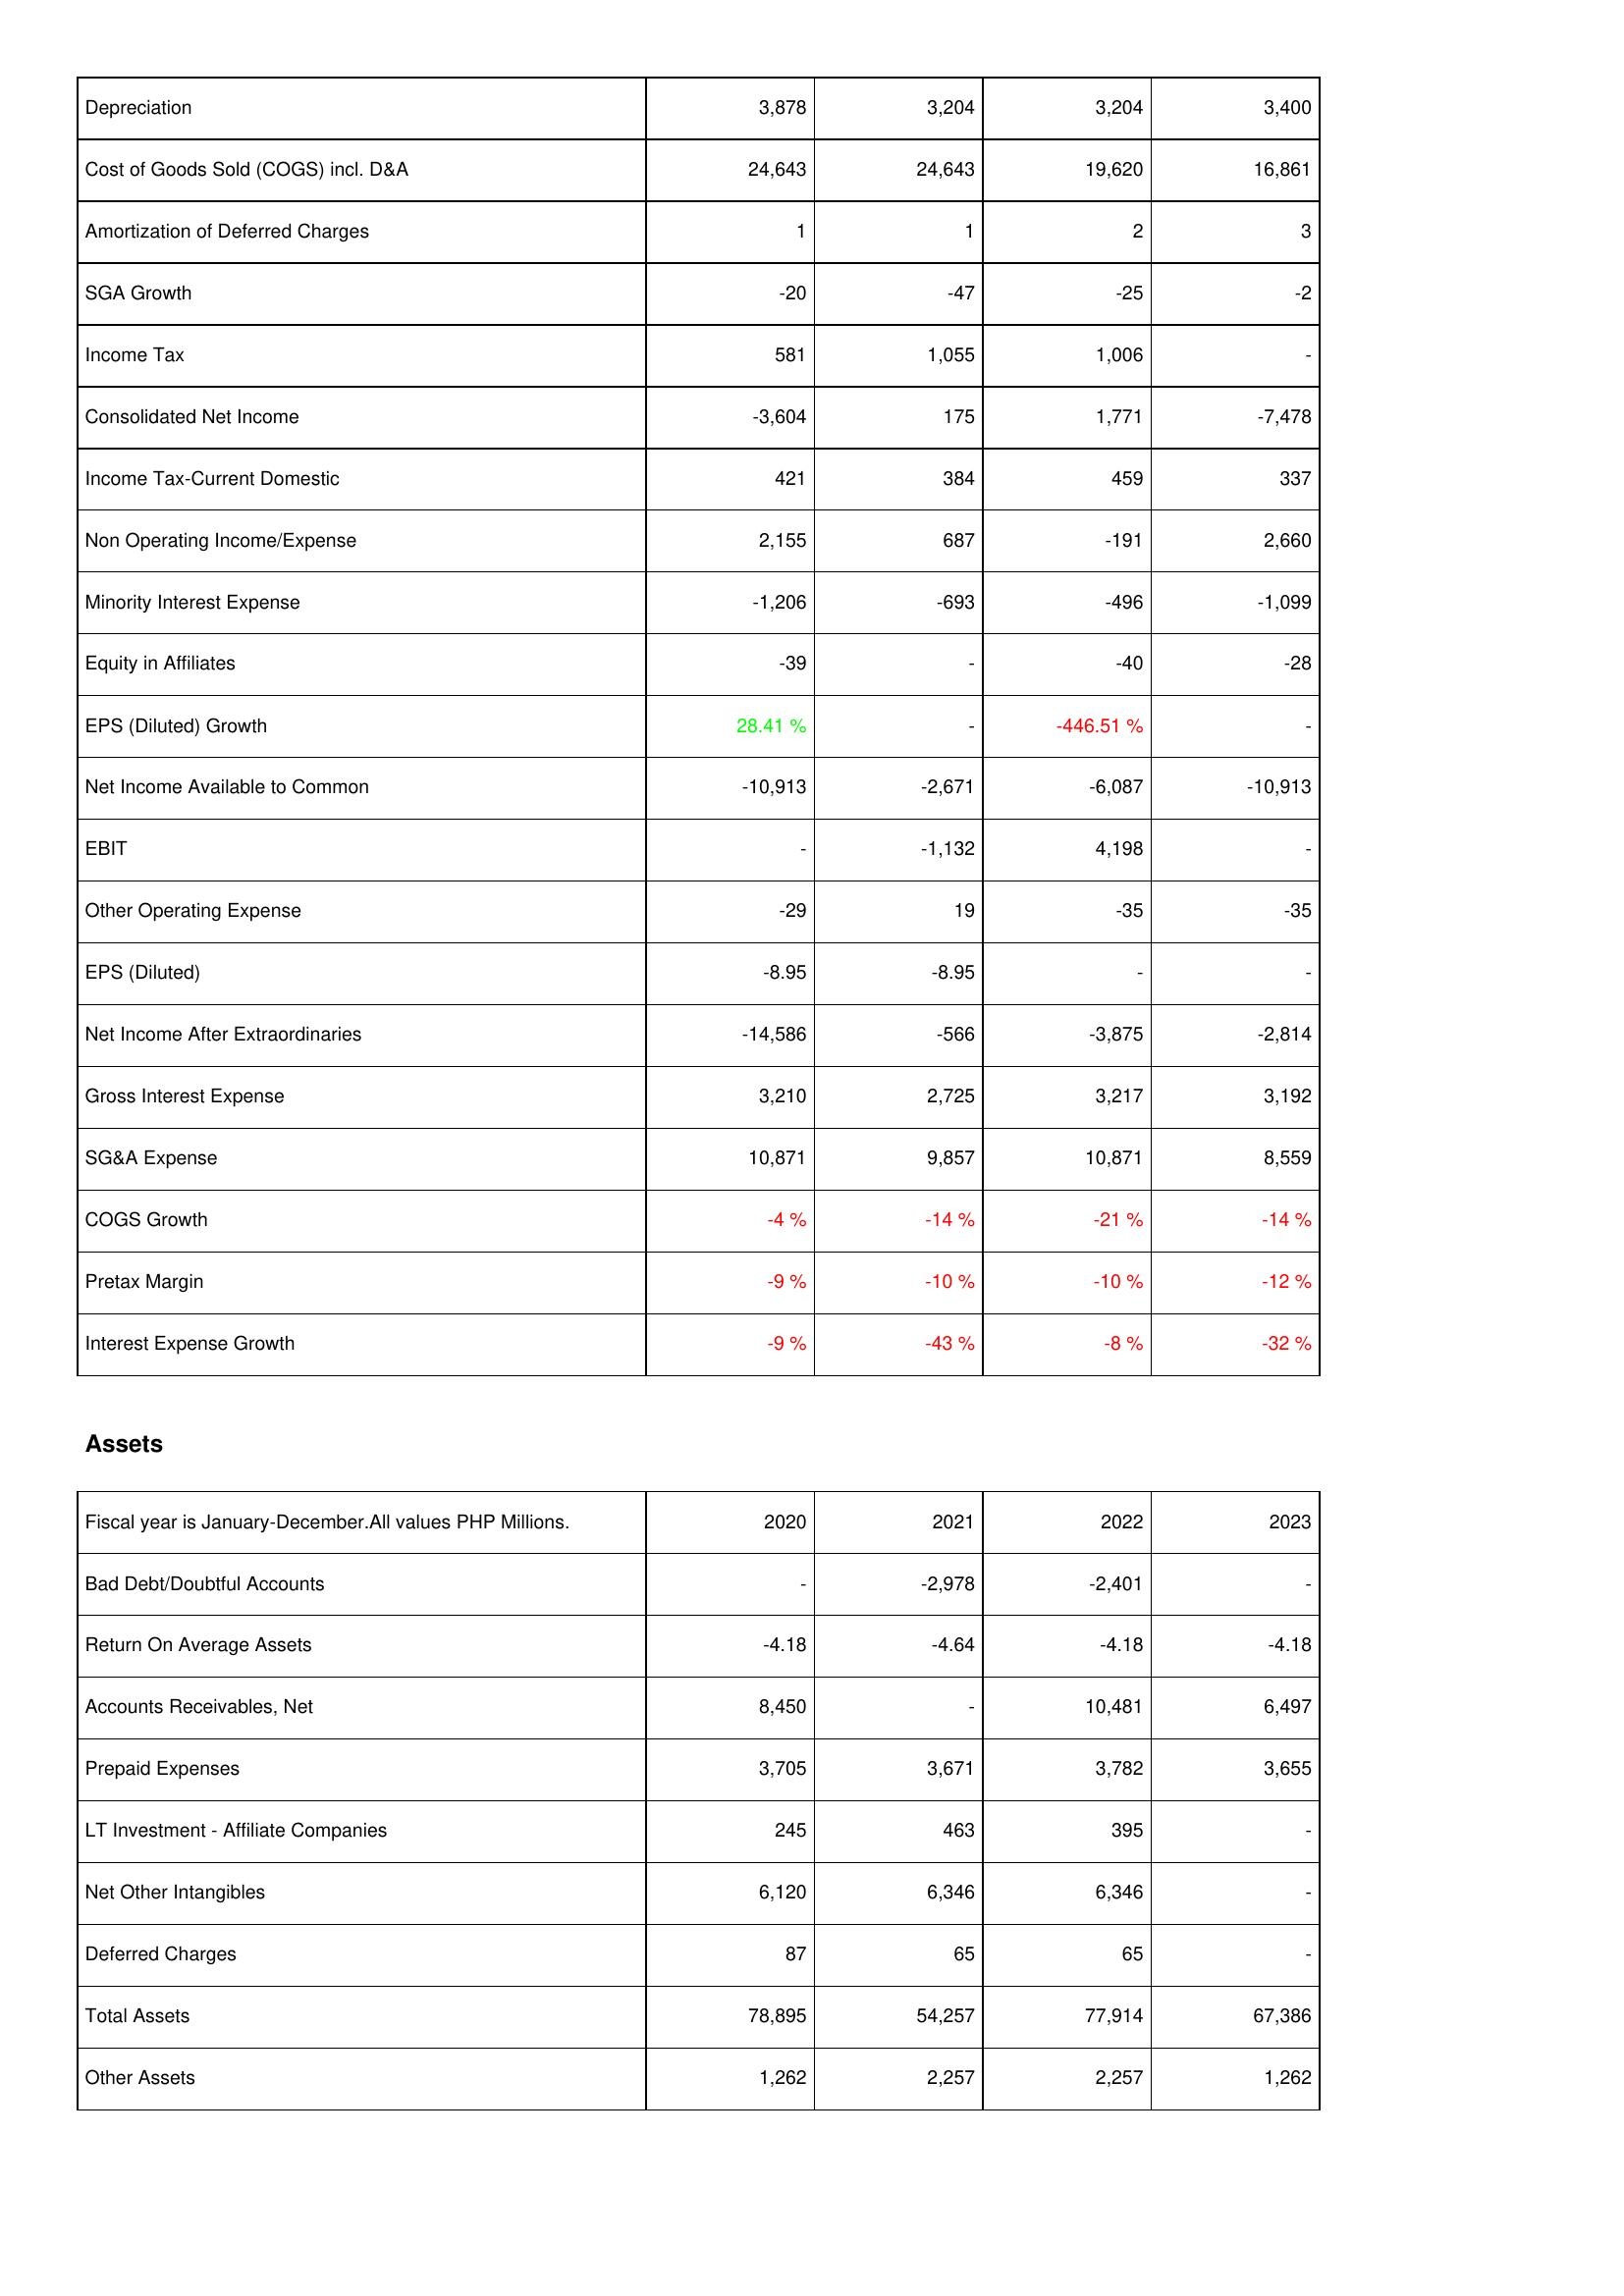
2020: Income Statement: Depreciation: 3,878
Cost of Goods Sold (COGS) incl. D&A: 24,643
Amortization of Deferred Charges: 1
SGA Growth: -20
Income Tax: 581
Consolidated Net Income: -3,604
Income Tax-Current Domestic: 421
Non Operating Income/Expense: 2,155
Minority Interest Expense: -1,206
Equity in Affiliates: -39
EPS (Diluted) Growth: 28.41 %
Net Income Available to Common: -10,913
EBIT: -
Other Operating Expense: -29
EPS (Diluted): -8.95
Net Income After Extraordinaries: -14,586
Gross Interest Expense: 3,210
SG&A Expense: 10,871
COGS Growth: -4 %
Pretax Margin: -9 %
Interest Expense Growth: -9 %
Assets: Bad Debt/Doubtful Accounts: -
Return On Average Assets: -4.18
Accounts Receivables, Net: 8,450
Prepaid Expenses: 3,705
LT Investment - Affiliate Companies: 245
Net Other Intangibles: 6,120
Deferred Charges: 87
Total Assets: 78,895
Other Assets: 1,262
2021: Income Statement: Depreciation: 3,204
Cost of Goods Sold (COGS) incl. D&A: 24,643
Amortization of Deferred Charges: 1
SGA Growth: -47
Income Tax: 1,055
Consolidated Net Income: 175
Income Tax-Current Domestic: 384
Non Operating Income/Expense: 687
Minority Interest Expense: -693
Equity in Affiliates: -
EPS (Diluted) Growth: -
Net Income Available to Common: -2,671
EBIT: -1,132
Other Operating Expense: 19
EPS (Diluted): -8.95
Net Income After Extraordinaries: -566
Gross Interest Expense: 2,725
SG&A Expense: 9,857
COGS Growth: -14 %
Pretax Margin: -10 %
Interest Expense Growth: -43 %
Assets: Bad Debt/Doubtful Accounts: -2,978
Return On Average Assets: -4.64
Accounts Receivables, Net: -
Prepaid Expenses: 3,671
LT Investment - Affiliate Companies: 463
Net Other Intangibles: 6,346
Deferred Charges: 65
Total Assets: 54,257
Other Assets: 2,257
2022: Income Statement: Depreciation: 3,204
Cost of Goods Sold (COGS) incl. D&A: 19,620
Amortization of Deferred Charges: 2
SGA Growth: -25
Income Tax: 1,006
Consolidated Net Income: 1,771
Income Tax-Current Domestic: 459
Non Operating Income/Expense: -191
Minority Interest Expense: -496
Equity in Affiliates: -40
EPS (Diluted) Growth: -446.51 %
Net Income Available to Common: -6,087
EBIT: 4,198
Other Operating Expense: -35
EPS (Diluted): -
Net Income After Extraordinaries: -3,875
Gross Interest Expense: 3,217
SG&A Expense: 10,871
COGS Growth: -21 %
Pretax Margin: -10 %
Interest Expense Growth: -8 %
Assets: Bad Debt/Doubtful Accounts: -2,401
Return On Average Assets: -4.18
Accounts Receivables, Net: 10,481
Prepaid Expenses: 3,782
LT Investment - Affiliate Companies: 395
Net Other Intangibles: 6,346
Deferred Charges: 65
Total Assets: 77,914
Other Assets: 2,257
2023: Income Statement: Depreciation: 3,400
Cost of Goods Sold (COGS) incl. D&A: 16,861
Amortization of Deferred Charges: 3
SGA Growth: -2
Income Tax: -
Consolidated Net Income: -7,478
Income Tax-Current Domestic: 337
Non Operating Income/Expense: 2,660
Minority Interest Expense: -1,099
Equity in Affiliates: -28
EPS (Diluted) Growth: -
Net Income Available to Common: -10,913
EBIT: -
Other Operating Expense: -35
EPS (Diluted): -
Net Income After Extraordinaries: -2,814
Gross Interest Expense: 3,192
SG&A Expense: 8,559
COGS Growth: -14 %
Pretax Margin: -12 %
Interest Expense Growth: -32 %
Assets: Bad Debt/Doubtful Accounts: -
Return On Average Assets: -4.18
Accounts Receivables, Net: 6,497
Prepaid Expenses: 3,655
LT Investment - Affiliate Companies: -
Net Other Intangibles: -
Deferred Charges: -
Total Assets: 67,386
Other Assets: 1,262